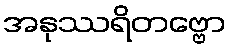
အနုဿရိတဗ္ဗော